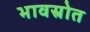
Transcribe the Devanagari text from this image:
भावस्रोत